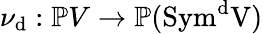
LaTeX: \nu_{\mathrm{d}}:\mathbb{{P}}V\to\mathbb{{P}}(\mathrm{{{{Sym}^{\mathrm{d}}V)}}}